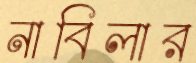
নাবিলার